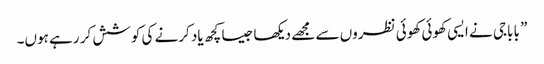
” باباجی نے ایسی کھوئی کھوئی نظروں سے مجھے دیکھا جیسا کچھ یاد کرنے کی کوشش کر رہے ہوں۔